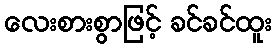
လေးစားစွာဖြင့် ခင်ခင်ထူး